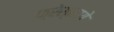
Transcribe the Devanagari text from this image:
फ्रेस्नाये